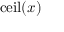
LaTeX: \operatorname { c e i l } ( x )